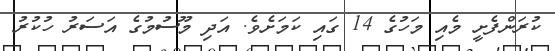
ކުރަންފެށީ މެއި މަހުގެ 14 ގައި ކަމަށެވެ. އަދި މޫސުމުގެ އަސަރު ހުކުރު